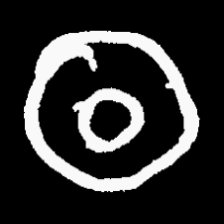
Pyu character \u2014 Myanmar letter: ထ (romanized: tha)